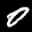
Label: 0